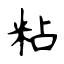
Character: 粘